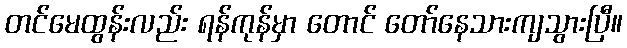
တင်မေထွန်းလည်း ရန်ကုန်မှာ တောင် တော်နေသားကျသွားပြီ။